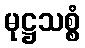
မုဋ္ဌသစ္စံ